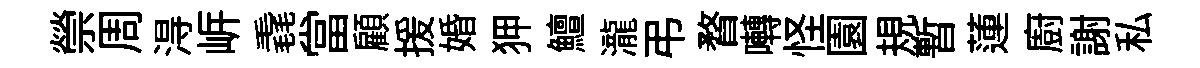
禜周淂㟁毳當顧援婚狎鱣瀧弔瞀囀怪園規暫蓮廚謝私